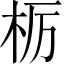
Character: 栃